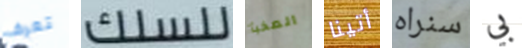
تعرف للسلك المخبأ أتينا سنراه بي